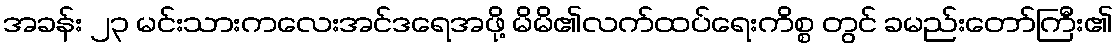
အခန်း ၂၃ မင်းသားကလေးအင်ဒရေအဖို့ မိမိ၏လက်ထပ်ရေးကိစ္စ တွင် ခမည်းတော်ကြီး၏